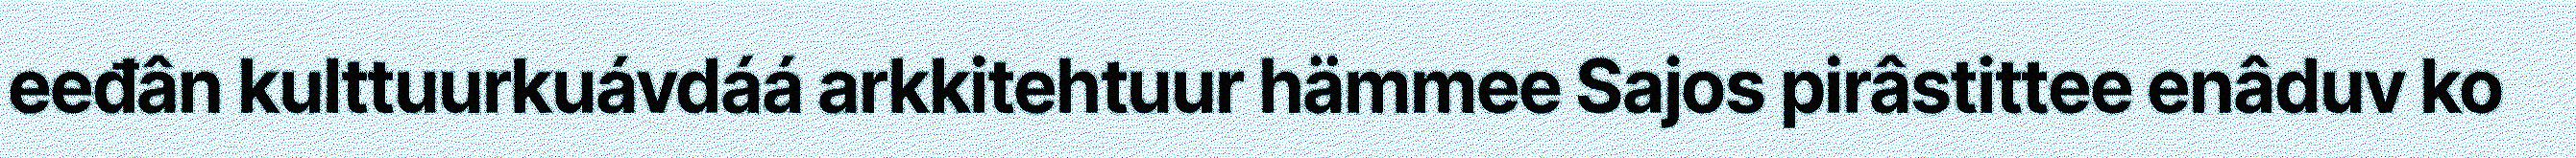
eeđân kulttuurkuávdáá arkkitehtuur hämmee Sajos pirâstittee enâduv ko